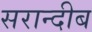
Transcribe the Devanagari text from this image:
सरान्दीब